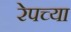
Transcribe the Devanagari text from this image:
रेपच्या